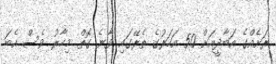
ރަށެއްގެ އަބާދީއަށް 50 އަހަރުގެ ތެރޭގައި ވާނެ ގޮތް މިހާރު ވެސް އެބަ